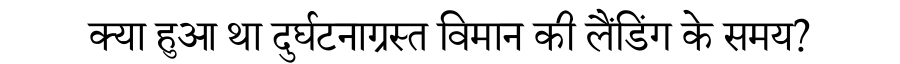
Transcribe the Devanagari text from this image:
क्या हुआ था दुर्घटनाग्रस्त विमान की लैंडिंग के समय?